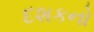
દશકનો